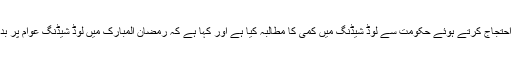
انہوں نے شدید احتجاج کرتے ہوئے حکومت سے لوڈ شیڈنگ میں کمی کا مطالبہ کیا ہے اور کہا ہے کہ رمضان المبارک میں لوڈ شیڈنگ عوام پر بد ترین ظلم ہے ۔